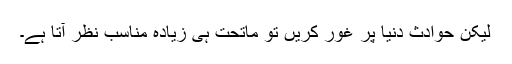
لیکن حوادثِ دنیا پر غور کریں تو ماتحت ہی زیادہ مناسب نظر آتا ہے۔